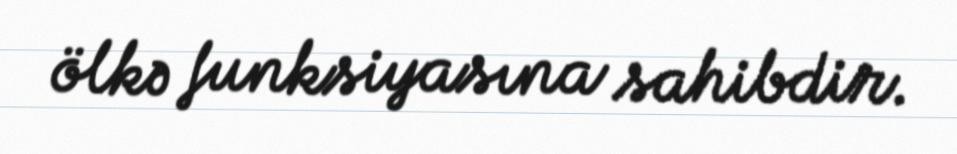
ölkə funksiyasına sahibdir.